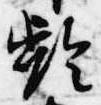
齢